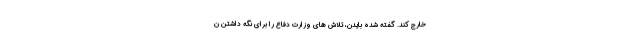
خارج کند. گفته شده بایدن، تلاش های وزارت دفاع را برای نگه داشتن ن